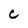
Character: e